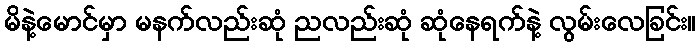
မိနဲ့မောင်မှာ မနက်လည်းဆုံ ညလည်းဆုံ ဆုံနေရက်နဲ့ လွမ်းလေခြင်း။